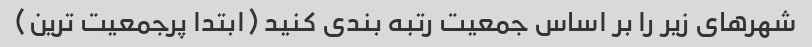
شهرهای زیر را بر اساس جمعیت رتبه بندی کنید (ابتدا پرجمعیت ترین)